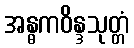
အန္ဓကဝိန္ဒသုတ္တံ